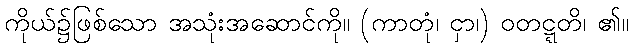
ကိုယ်၌ဖြစ်သော အသုံးအဆောင်ကို။ (ကာတုံ၊ ငှာ၊) ဝတဋ္ဋတိ၊ ၏။